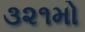
૩૨૧મો